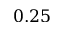
0 . 2 5